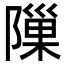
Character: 隟